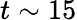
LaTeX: t\sim 15